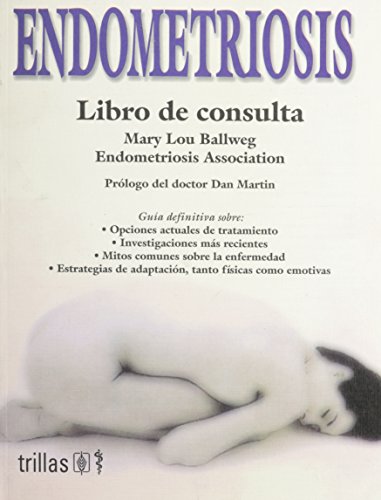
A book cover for Endometriosis: Libro de consulta (Spanish Edition); Mary Lou Ballweg; Health, Fitness & Dieting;